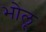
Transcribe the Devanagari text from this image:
भोलू